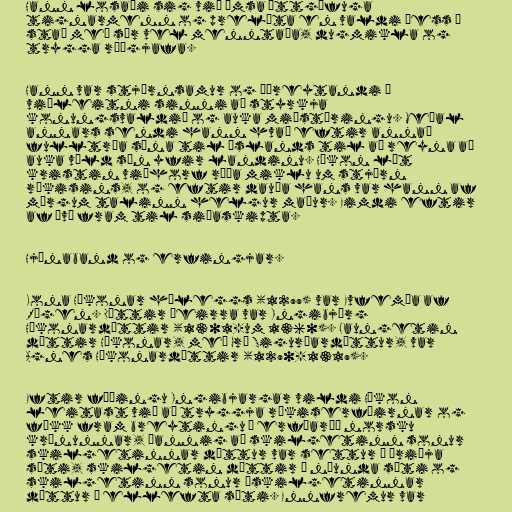
Hann losaði sig við ýmsa ættgöfuga
tignarmenn og preláta en valdi þess í
stað með sér vel menntaða, dugmikla og
trygga ráðgjafa.

Hann var stjórnsamur og óþreytandi í
viðleitni sinni að styrkja
konungsvaldið og auka miðstýringu. Meðal
annars sendi hann hvað eftir annað
fulltrúa sína til Íslands til að reyna að
auka völd sín yfir landinu. Hákon lét
kristin viðhorf ráða miklu um stjórn
ríkisins, og eftir dauða hans var hann af
mörgum talinn helgur maður. Eimdi eftir
af því fram til siðaskipta.

Hjónaband og erfingjar.

Kona Hákonar háleggs (1299) var Evfemía af
Rügen. Dóttir þeirra var Ingibjörg
Hákonardóttir (1301-um 1360). Laungetin
dóttir Hákonar, með Gró Sigurðardóttur, var
Agnes Hákonardóttir (1290-1319).

Eftir fæðingu Ingibjargar vildi Hákon
leitast við að tryggja ríkiserfðirnar og
fékk fram breytingu á erfðaröð norsku
krúnunnar, þannig að skilgetinn sonur
skilgetinnar dóttur var settur í þriðja
sæti, skilgetin dóttir í níunda sæti og
skilgetinn sonur óskilgetinnar
dóttur í ellefta sæti. Ennfremur var